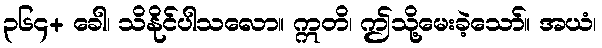
၃၆၄+ ခေါ၊ သိနိုင်ပါသလော။ ဣတိ၊ ဤသို့မေးခဲ့သော်။ အယံ၊